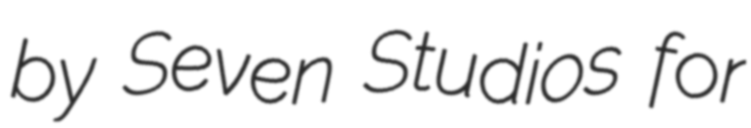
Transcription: by Seven Studios for